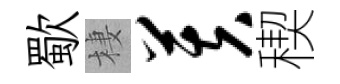
歜棲芙稧